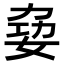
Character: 𪥺